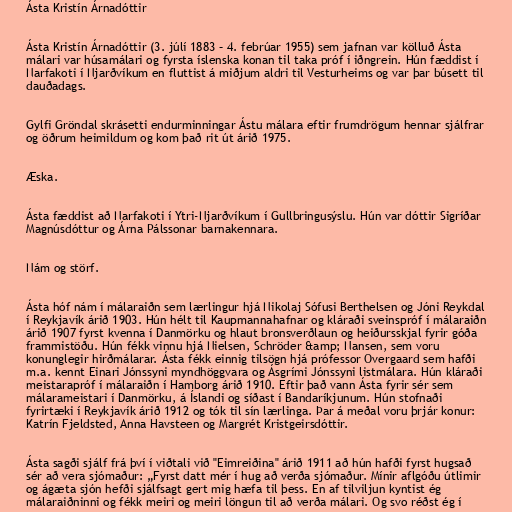
Ásta Kristín Árnadóttir

Ásta Kristín Árnadóttir (3. júlí 1883 – 4. febrúar 1955) sem jafnan var kölluð Ásta
málari var húsamálari og fyrsta íslenska konan til taka próf í iðngrein. Hún fæddist í
Narfakoti í Njarðvíkum en fluttist á miðjum aldri til Vesturheims og var þar búsett til
dauðadags.

Gylfi Gröndal skrásetti endurminningar Ástu málara eftir frumdrögum hennar sjálfrar
og öðrum heimildum og kom það rit út árið 1975.

Æska.

Ásta fæddist að Narfakoti í Ytri-Njarðvíkum í Gullbringusýslu. Hún var dóttir Sigríðar
Magnúsdóttur og Árna Pálssonar barnakennara.

Nám og störf.

Ásta hóf nám í málaraiðn sem lærlingur hjá Nikolaj Sófusi Berthelsen og Jóni Reykdal
í Reykjavík árið 1903. Hún hélt til Kaupmannahafnar og kláraði sveinspróf í málaraiðn
árið 1907 fyrst kvenna í Danmörku og hlaut bronsverðlaun og heiðursskjal fyrir góða
frammistöðu. Hún fékk vinnu hjá Nielsen, Schröder &amp; Nansen, sem voru
konunglegir hirðmálarar. Ásta fékk einnig tilsögn hjá prófessor Overgaard sem hafði
m.a. kennt Einari Jónssyni myndhöggvara og Ásgrími Jónssyni listmálara. Hún kláraði
meistarapróf í málaraiðn í Hamborg árið 1910. Eftir það vann Ásta fyrir sér sem
málarameistari í Danmörku, á Íslandi og síðast í Bandaríkjunum. Hún stofnaði
fyrirtæki í Reykjavík árið 1912 og tók til sín lærlinga. Þar á meðal voru þrjár konur:
Katrín Fjeldsted, Anna Havsteen og Margrét Kristgeirsdóttir.

Ásta sagði sjálf frá því í viðtali við "Eimreiðina" árið 1911 að hún hafði fyrst hugsað
sér að vera sjómaður: „Fyrst datt mér í hug að verða sjómaður. Mínir aflgóðu útlimir
og ágæta sjón hefði sjálfsagt gert mig hæfa til þess. En af tilviljun kyntist ég
málaraiðninni og fékk meiri og meiri löngun til að verða málari. Og svo réðst ég í